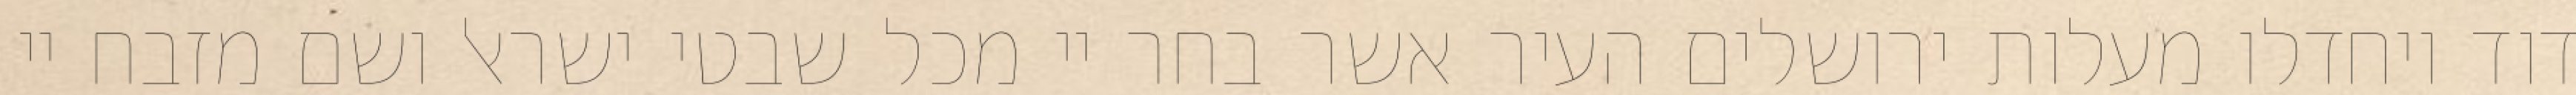
דוד ויחדלו מעלות ירושלים העיר אשר בחר יי מכל שבטי ישראל ושם מזבח יי